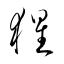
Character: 猩